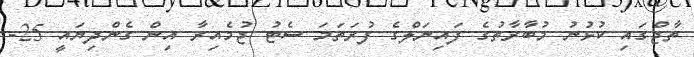
ތާޖްގައި ކުޅުނު މުބާރާތުގެ ފައިނަލްގެ ފުރަތަމަ ސެޓު ޖުމެއިރާ އިން ގެންދިޔައީ 25-